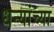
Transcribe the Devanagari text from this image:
धन्यांच्या